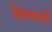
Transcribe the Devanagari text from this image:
तिरुप्पाची